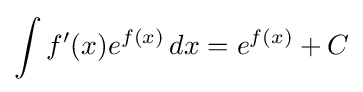
\int f'(x)e^{f(x)}\,dx=e^{f(x)}+C